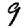
Digit: 9